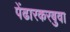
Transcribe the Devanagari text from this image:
पेंढारकरबुवा